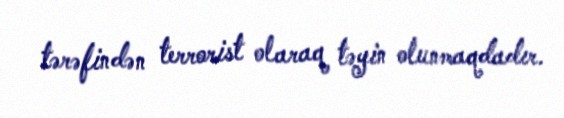
tərəfindən terrorist olaraq təyin olunmaqdadır.